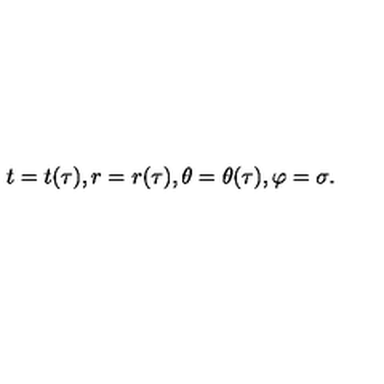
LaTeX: t = t ( \tau ) , r = r ( \tau ) , \theta = \theta ( \tau ) , \varphi = \sigma .